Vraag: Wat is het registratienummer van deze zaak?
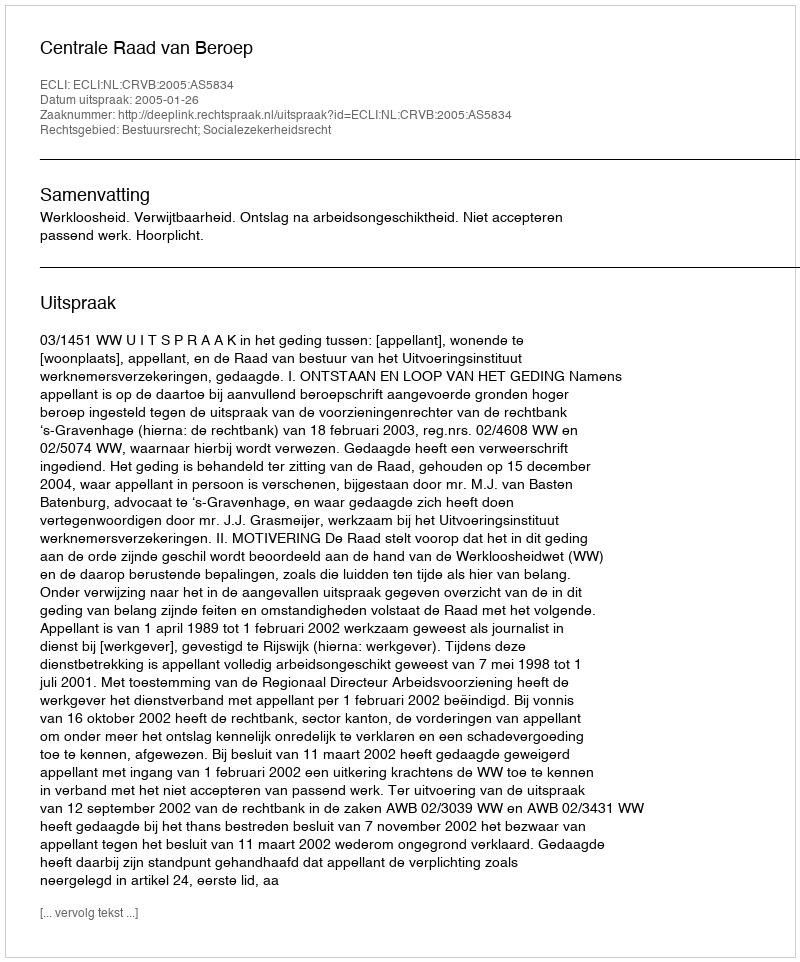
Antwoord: http://deeplink.rechtspraak.nl/uitspraak?id=ECLI:NL:CRVB:2005:AS5834